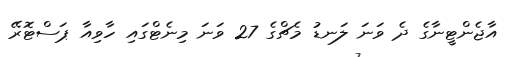
އާޖެންޓީނާގެ ދެ ވަނަ ލަނޑު މެޗްގެ 27 ވަނަ މިނެޓްގައި ހާވިއާ ޕަސްޓޮރޭ